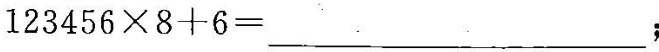
$$1 2 3 4 5 6 \times 8 + 6 = ___$$；